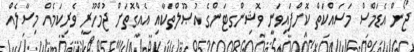
ޖޯން އެޑަމްސް މަސައްކަތް ކޮށްފައިވަނީ ވޮޝިންގޓަންގެ އުޞޫލްތަކާއި އެއްގޮތަށް ޖުމްހޫރީ ވެރިކަމެއް މިސާލެއް